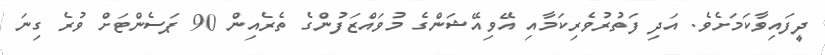
ދީފައިވާކަމަށެެެވެ. އަދި ފަތުރުވެރިކަމާއި އޭވިއޭޝަންގެ މުވައްޒަފުންގެ ތެރެއިން 90 ޕަސެންޓަށް ވުރެ ގިނަ